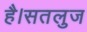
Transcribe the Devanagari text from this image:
है।सतलुज